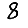
Digit: 8